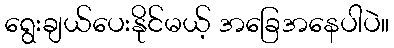
ရွေးချယ်ပေးနိုင်မယ့် အခြေအနေပါပဲ။